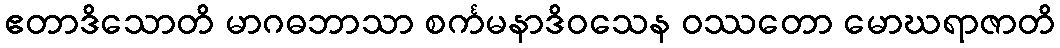
ဧတာဒိသောတိ မာဂဓဘာသာ စင်္ကမနာဒိဝသေန ဝဿတော မောဃရာဇာတိ